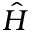
\hat { H }